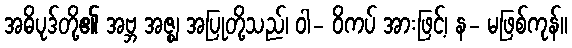
အဓိပုဒ်တို့၏ အဗ္ဘ အဇ္ဈ အပြုတို့သည်၊ ဝါ- ဝိကပ် အားဖြင့်၊ န- မဖြစ်ကုန်။